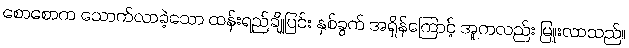
စောစောက သောက်လာခဲ့သော ထန်းရည်ချိုပြင်း နှစ်ခွက် အရှိန်ကြောင့် အူကလည်း မြူးလာသည်။